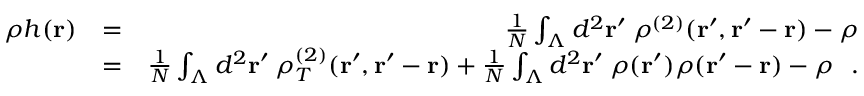
\begin{array} { r l r } { \rho h ( { \bf r } ) } & { = } & { \frac { 1 } { N } \int _ { \Lambda } d ^ { 2 } { \bf r } ^ { \prime } \: \rho ^ { ( 2 ) } ( { \bf r } ^ { \prime } , { \bf r } ^ { \prime } - { \bf r } ) - \rho } \\ & { = } & { \frac { 1 } { N } \int _ { \Lambda } d ^ { 2 } { \bf r } ^ { \prime } \: \rho _ { T } ^ { ( 2 ) } ( { \bf r } ^ { \prime } , { \bf r } ^ { \prime } - { \bf r } ) + \frac { 1 } { N } \int _ { \Lambda } d ^ { 2 } { \bf r } ^ { \prime } \: \rho ( { \bf r } ^ { \prime } ) \rho ( { \bf r } ^ { \prime } - { \bf r } ) - \rho ~ ~ . } \end{array}